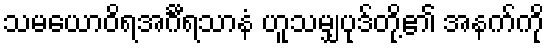
သမယောဝိရအင်္ဂီရသာနံ ဟူသမျှပုဒ်တို့၏ အနက်ကို